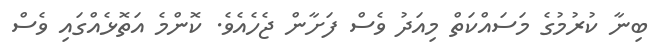
ބިނާ ކުރުމުގެ މަސައްކަތް މިއަދު ވެސް ފަށާން ޖެހެއެވެ. ކޮންމެ އަތޮޅެއްގައި ވެސް